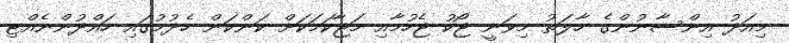
މިއަދު އިންސާނުންގެ ހާލަތު މިވަނީ ޖޯކު ޖެހުމާއި މަޖާކަމަކަށް ކަންކަން ހެދުމުގައި ހައްދުންނެއްޓި